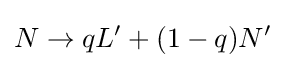
N\to qL'+(1-q)N'